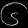
Digit: ၆